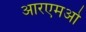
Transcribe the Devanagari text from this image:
आरएमओ